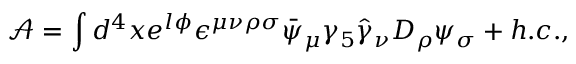
\mathcal { A } = \int d ^ { 4 } x e ^ { l \phi } \epsilon ^ { \mu \nu \rho \sigma } \bar { \psi } _ { \mu } \gamma _ { 5 } \hat { \gamma } _ { \nu } D _ { \rho } \psi _ { \sigma } + h . c . ,